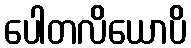
ပေါတလိယောပိ